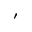
'